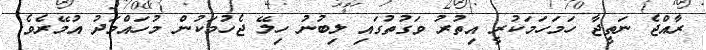
ރާއްޖެ ނަތީޖާ ހަމަހަމަކުރީ އިތުރު ވަގުތުގައި ލިބުނު ހިލޭ ޖެހުމަކުން މުހައްމަދު އުމޭރެވެ.